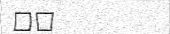
٢٧